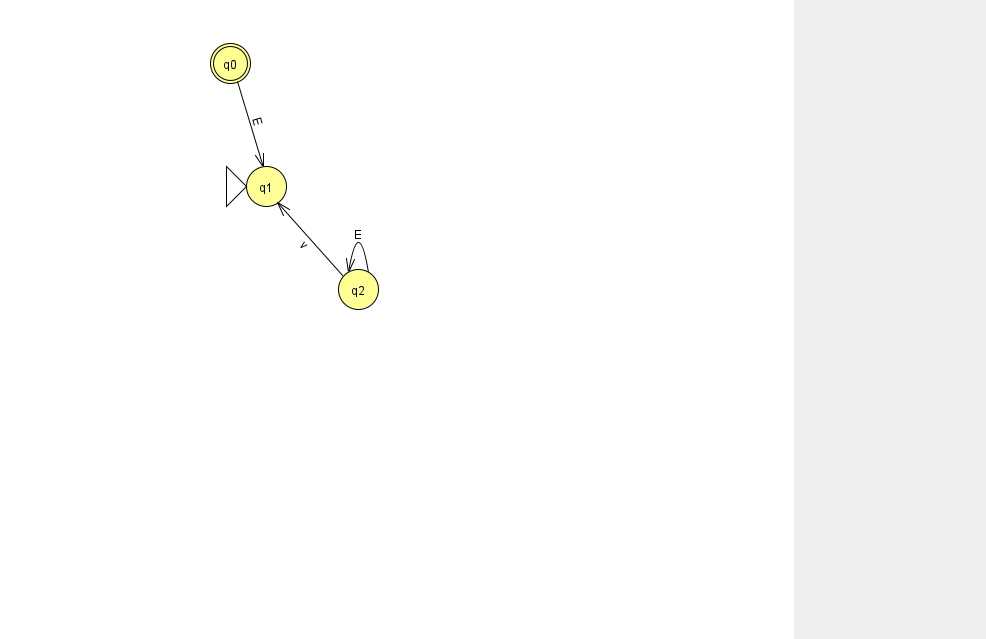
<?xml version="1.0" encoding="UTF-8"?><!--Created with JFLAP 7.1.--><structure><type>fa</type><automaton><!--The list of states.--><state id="0" name="q0"><x>230.0</x><y>50.0</y><final/></state><state id="1" name="q1"><x>266.0</x><y>173.0</y><initial/></state><state id="2" name="q2"><x>358.0</x><y>276.0</y></state><!--The list of transitions.--><transition><from>2</from><to>2</to><read>E</read></transition><transition><from>0</from><to>1</to><read>E</read></transition><transition><from>2</from><to>1</to><read>v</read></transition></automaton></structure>